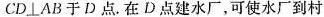
CD \perp AB于D点。在D点建水厂，可使水厂到村